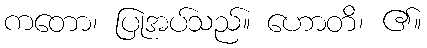
ကတော၊ ပြုအပ်သည်။ ဟောတိ၊ ၏။